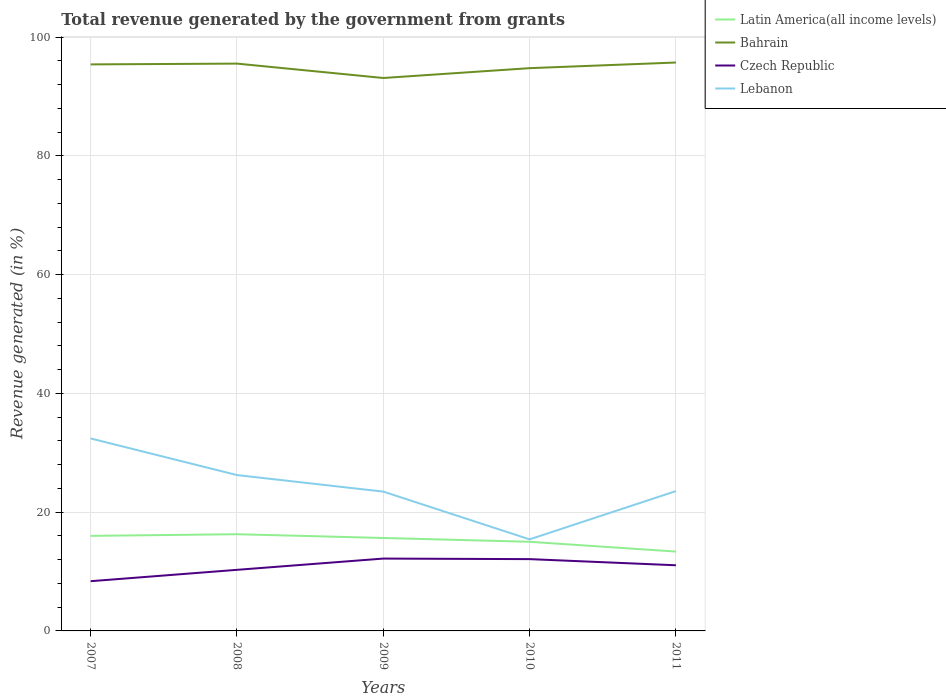
| Years | Latin America(all income levels) | Bahrain | Czech Republic | Lebanon |
 | --- | --- | --- | --- | --- |
 | 2007 | 16 | 95.4 | 8.37 | 32.4 |
 | 2008 | 16.3 | 95.5 | 10.3 | 26.2 |
 | 2009 | 15.7 | 93.1 | 12.2 | 23.5 |
 | 2010 | 15 | 94.8 | 12.1 | 15.4 |
 | 2011 | 13.4 | 95.7 | 11.1 | 23.5 |